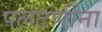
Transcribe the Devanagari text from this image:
पलटणींना